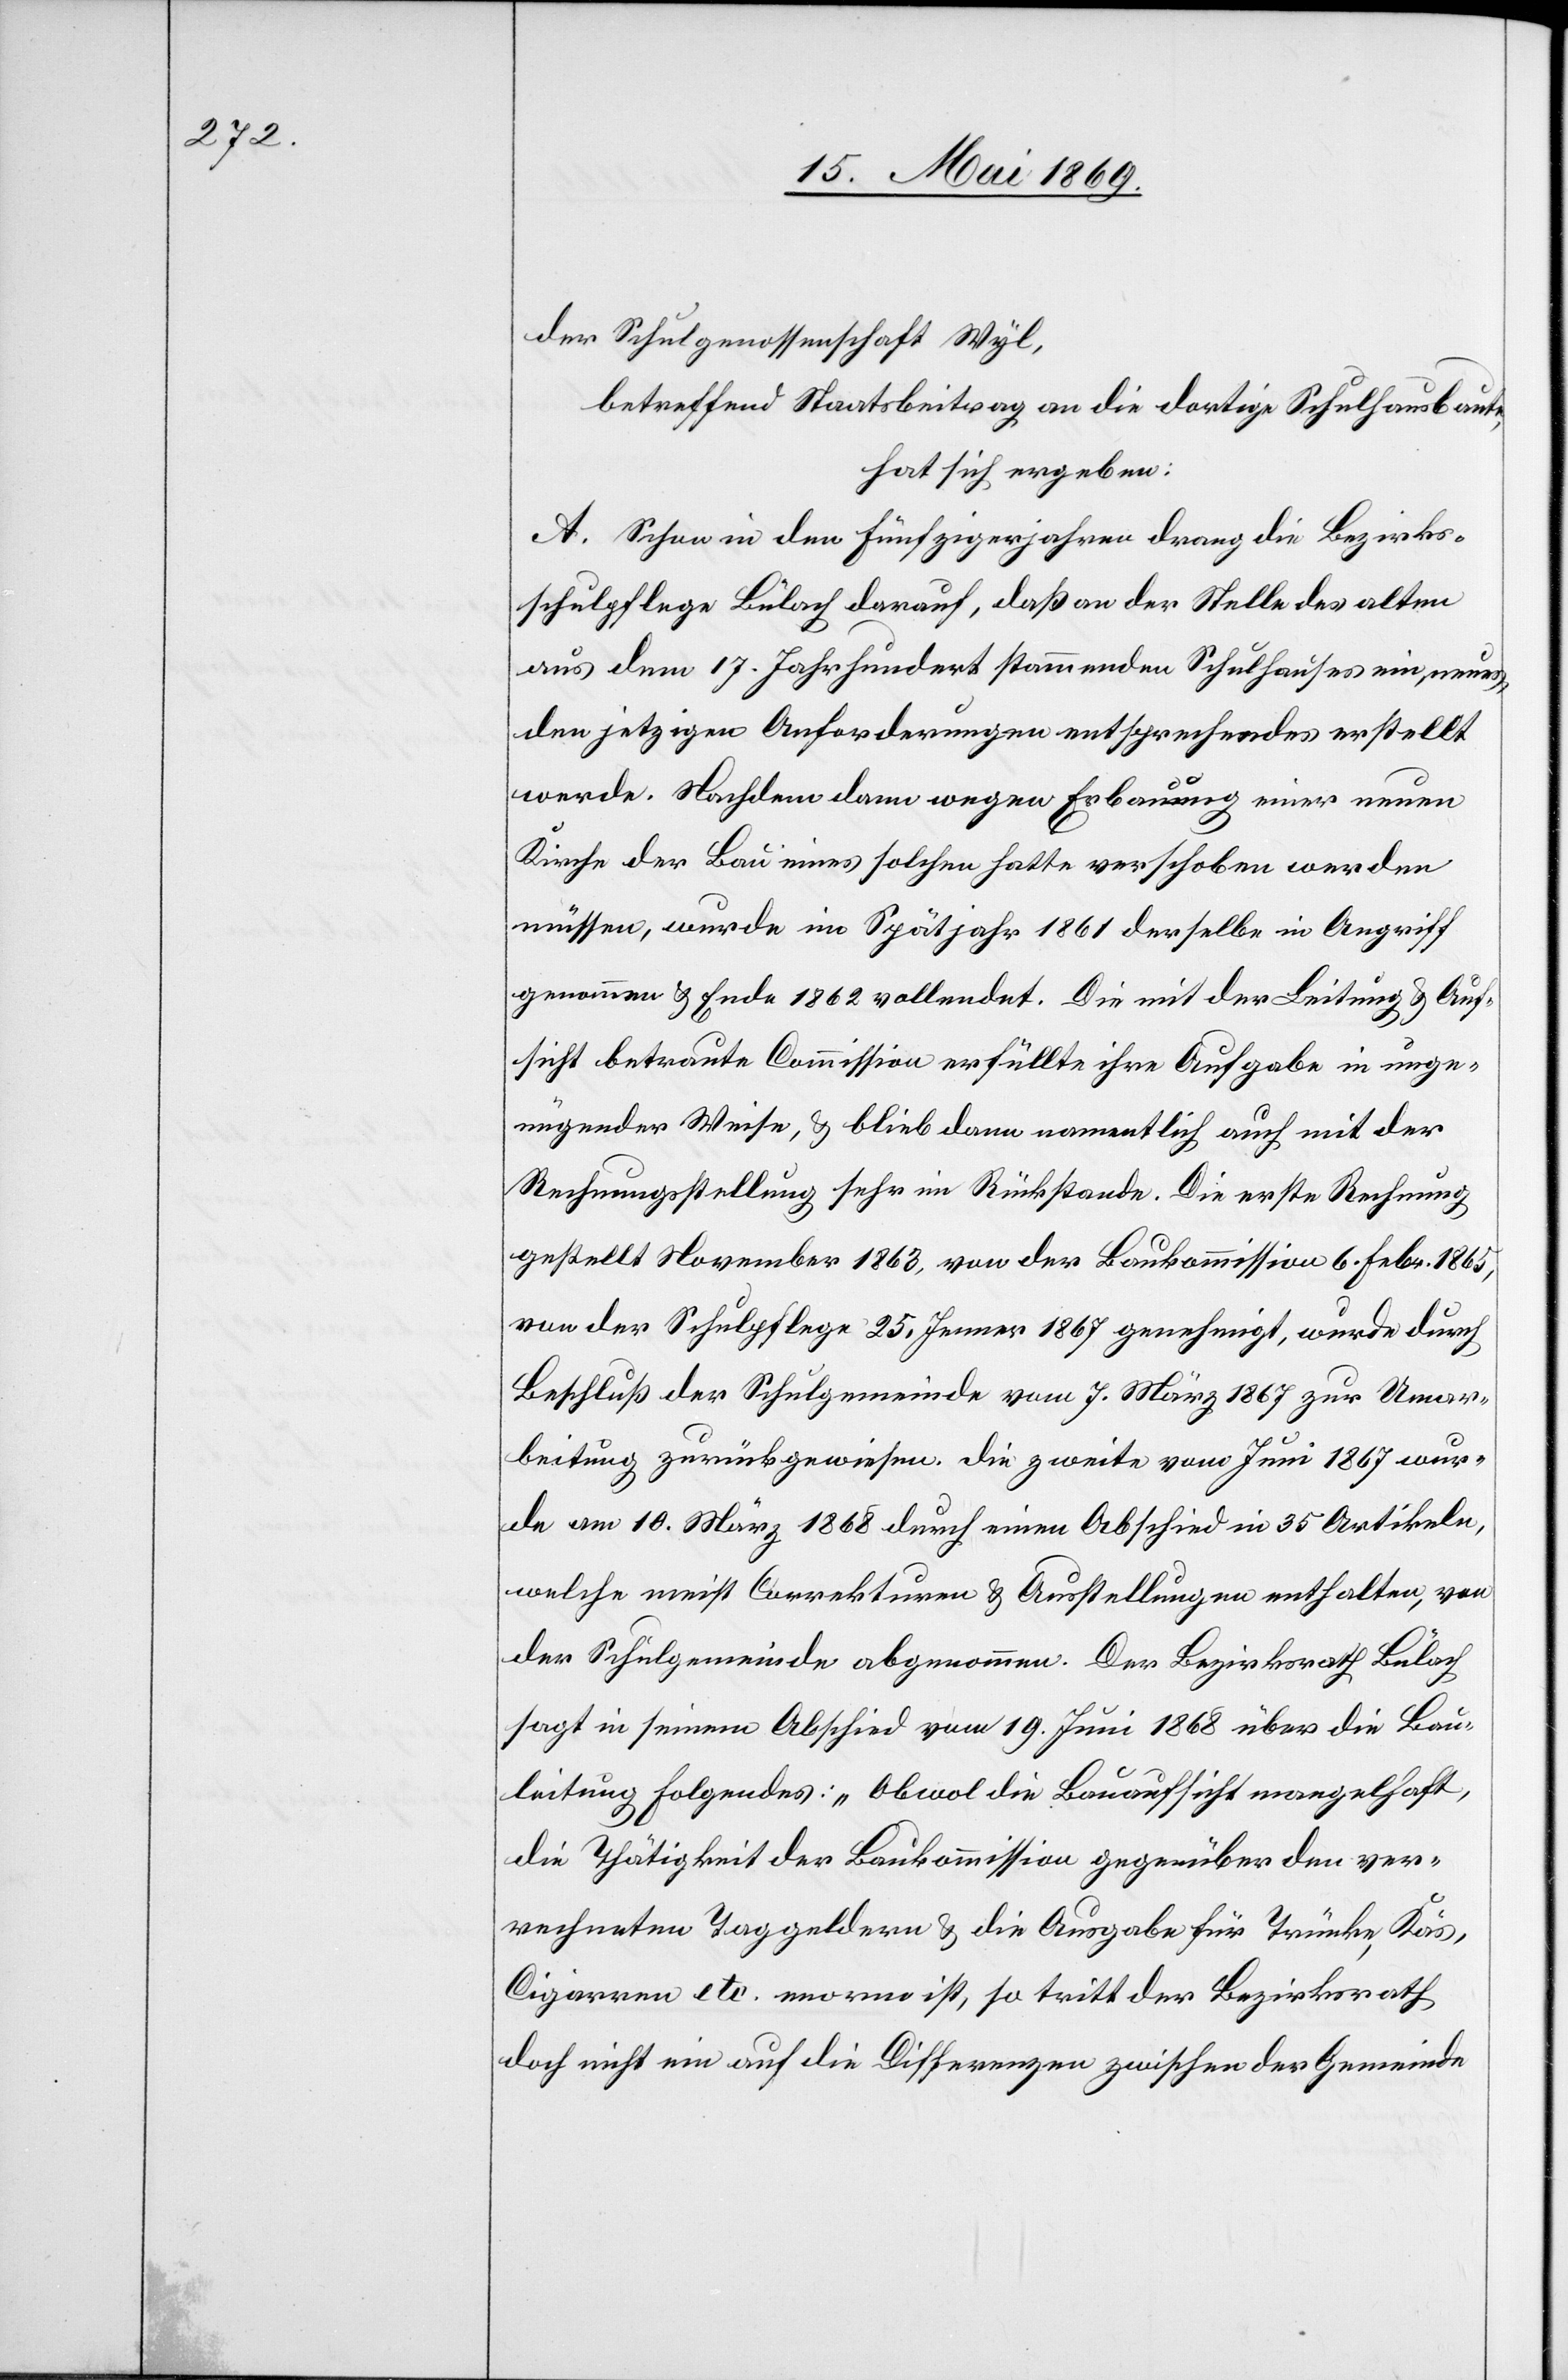
der Schulgenossenschaft Wyl,
betreffend Staatsbeitrag an die dortige Schulhausbaute,
hat sich ergeben:
A. Schon in den Fünfzigerjahren drang die Bezirks¬
schulpflege Bülach darauf, daß an der Stelle des alten
aus dem 17. Jahrhundert stammenden Schulhauses ein, neues,
den jetzigen Anforderungen entsprechendes erstellt
werde. Nachdem dann wegen Erbauung einer neuen
Kirche der Bau eines solchen hatte verschoben werden
müssen, wurde im Spätjahr 1861 derselbe in Angriff
genommen u. Ende 1862 vollendet. Die mit der Leitung u. Auf¬
sicht betraute Commission erfüllte ihre Aufgabe in unge¬
nügender Weise, u. blieb dann namentlich auch mit der
Rechnungsstellung sehr im Rückstande. Die erste Rechnung
gestellt November 1863, von der Baukommission 6. Febr. 1865,
von der Schulpflege 25. Jenner 1867 genehmigt, wurde durch
Beschluß der Schulgemeinde vom 7. März 1867 zur Umar¬
beitung zurückgewiesen. Die zweite von Juni 1867 wur¬
de am 10. März 1868 durch einen Abschied in 35 Artikeln,
welche meist Correkturen u. Ausstellungen enthalten, von
der Schulgemeinde abgenommen. Der Bezirksrath Bülach
sagt in seinem Abschied vom 19. Juni 1868 über die Bau¬
leitung folgendes: „Obwol die Bauaufsicht mangelhaft,
die Thätigkeit der Baukommission gegenüber den verr¬
rechneten Taggeldern u. die Ausgabe für Trünke, Käs,
Cigarren etc. enorm ist, so tritt der Bezirksrath
doch nicht ein auf die Differenzen zwischen der Gemeinde